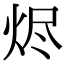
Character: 烬